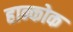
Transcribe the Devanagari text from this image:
हान्कोक